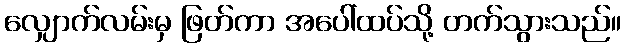
လျှောက်လမ်းမှ ဖြတ်ကာ အပေါ်ထပ်သို့ တက်သွားသည်။